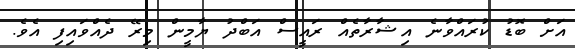
އަށް ބޮޑު ކުރައްވާނެ އިޝާރާތެއް ރައީސް އަބްދު ޔާމީން މިރޭ ދެއްވައިފި އެވެ.